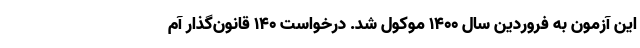
این آزمون به فروردین سال ۱۴۰۰ موکول شد. درخواست ۱۴۰ قانون‌گذار آم